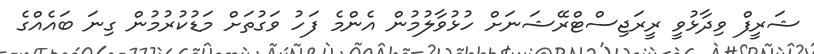
ޝަރީފް ވިދާޅުވީ ރީރަޖިސްޓްރޭޝަނަށް ހުޅުވާލުމުން އެންމެ ފަހު ވަގުތަށް މަޑުކުރުމުން ގިނަ ބައެއްގެ